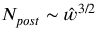
N _ { p o s t } \sim \hat { w } ^ { 3 / 2 }